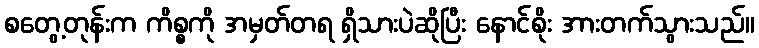
စတွေ့တုန်းက ကိစ္စကို အမှတ်တရ ရှိသားပဲဆိုပြီး နောင်စိုး အားတက်သွားသည်။